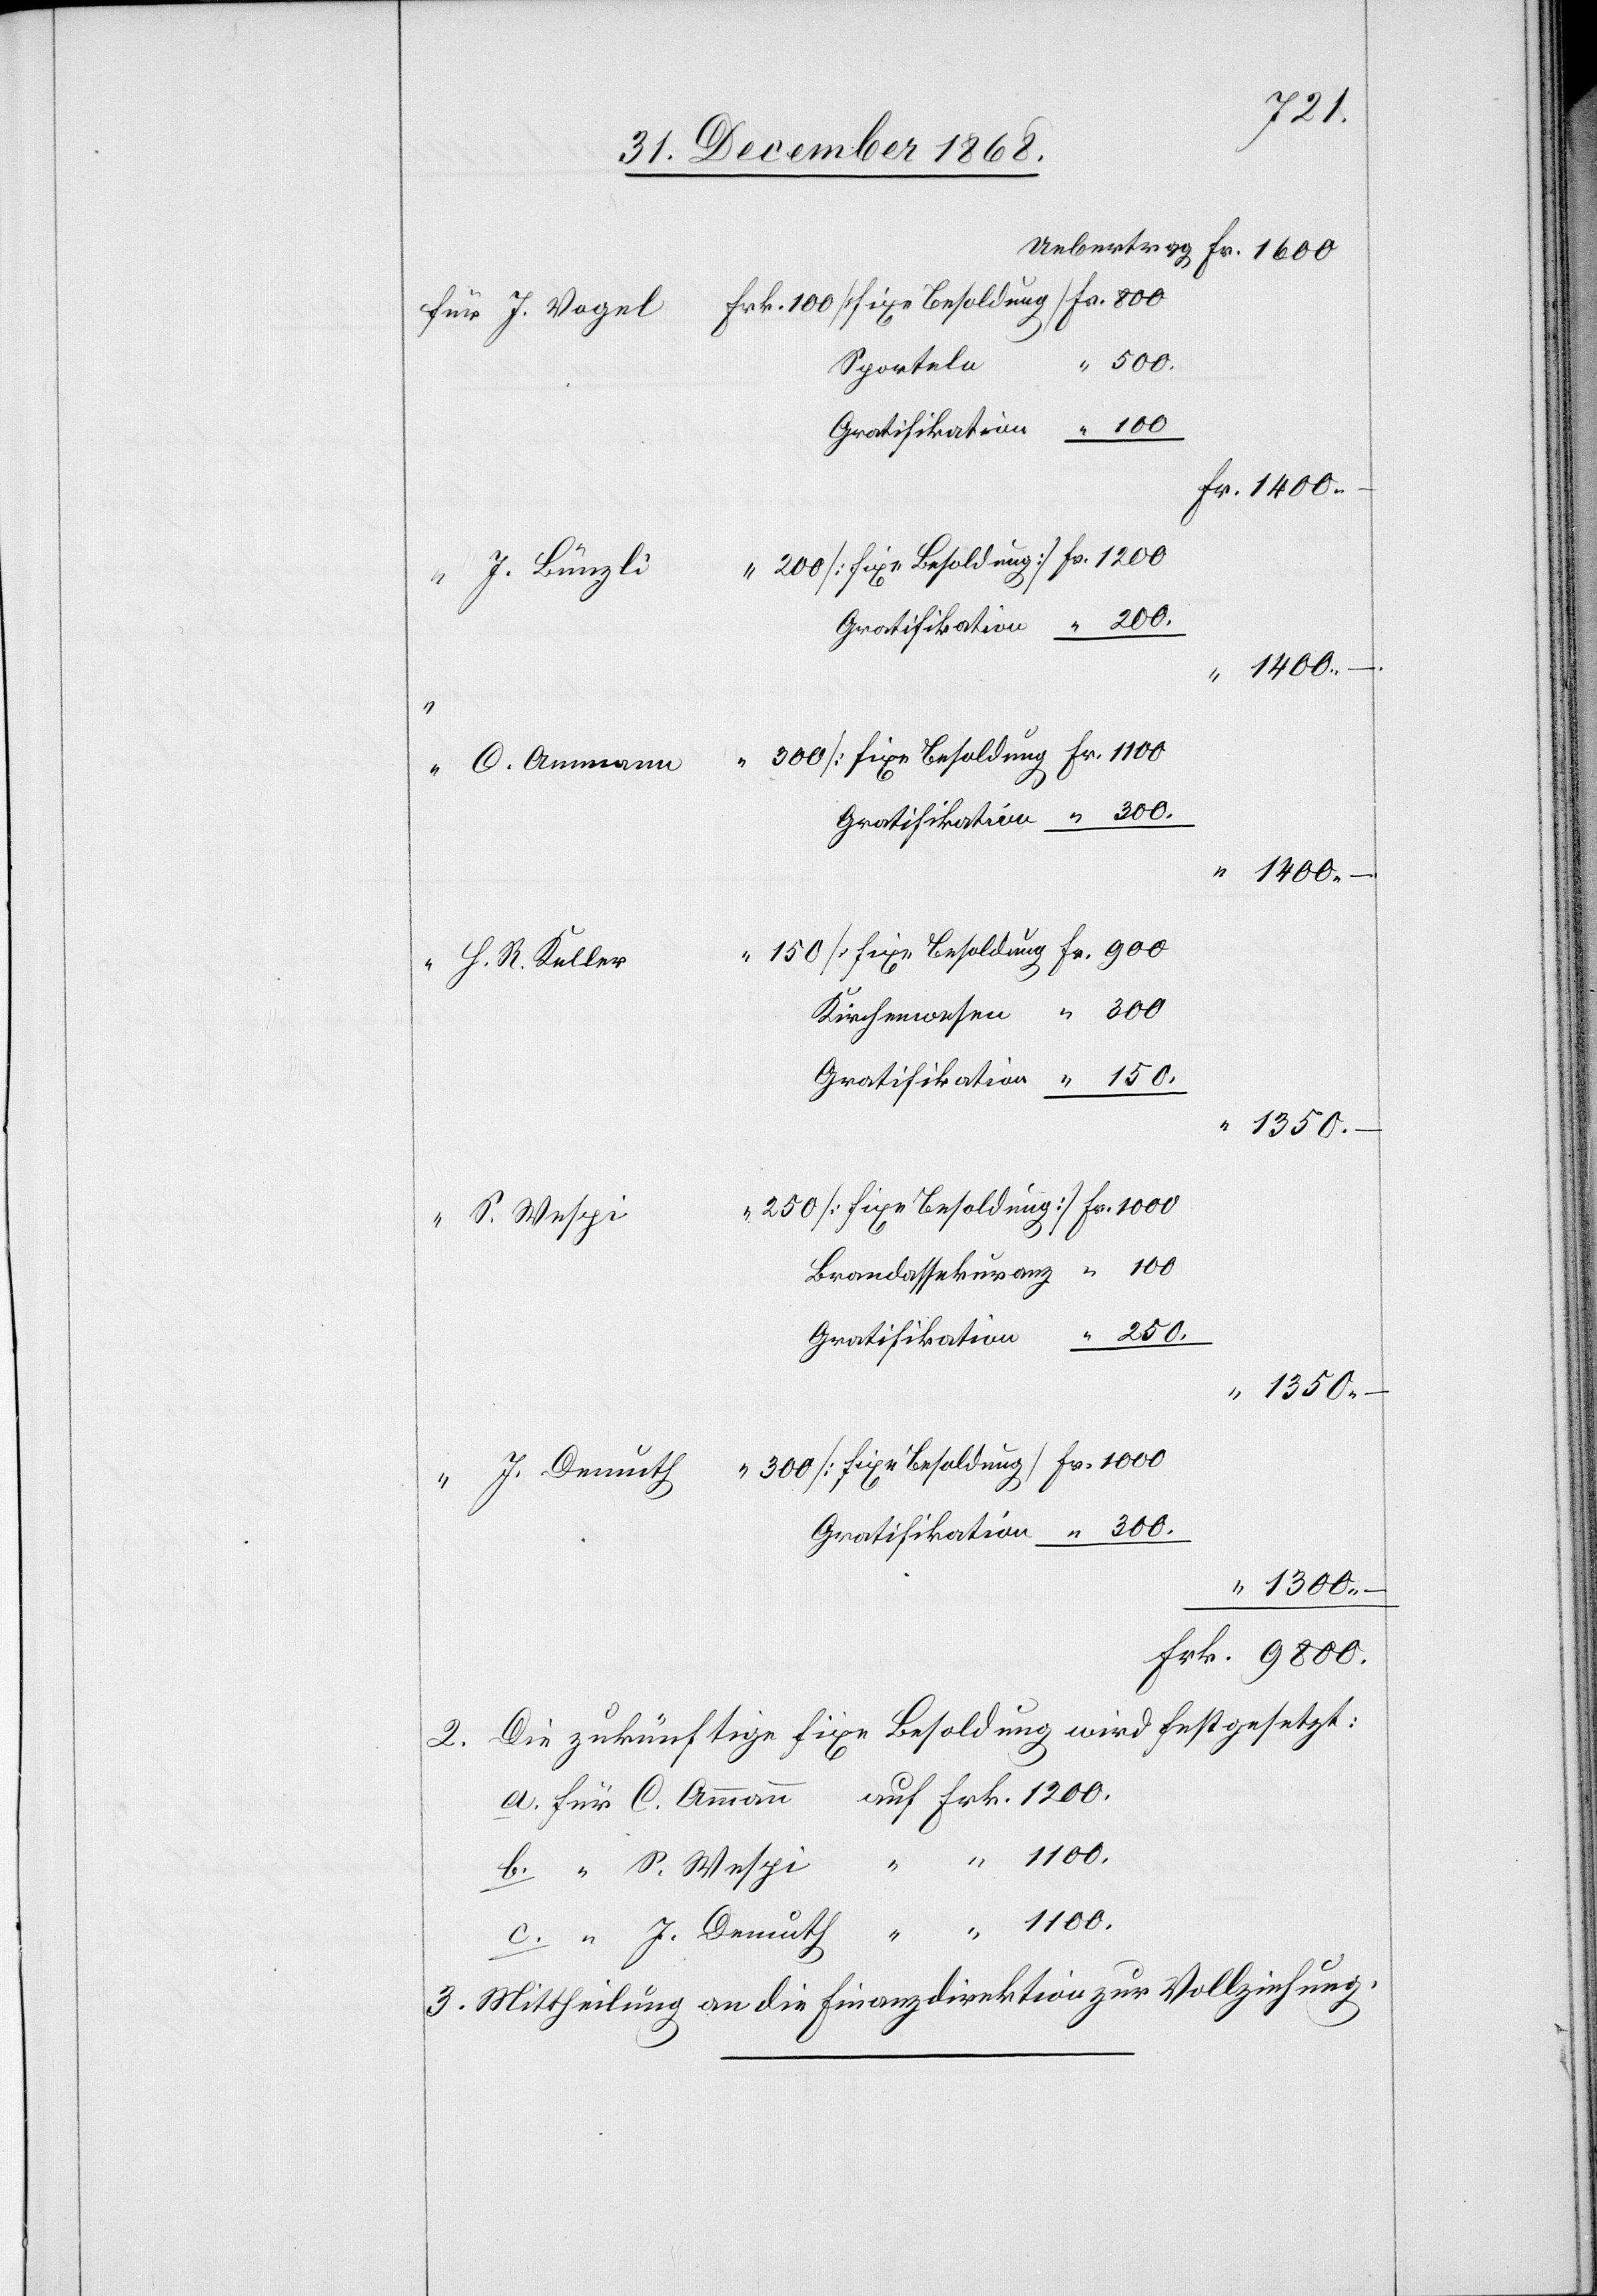
300.
Gratifikation
Fr. 1000
“ J. Bünzli
“ 1100.
1400. –
“ H. R. Keller
1350.
“ S. Wespi
“ J. Demuth
“ 1300. –
Frk. 1200.
2. Die zukünftige fixe Besoldung wird festgesetzt:
3. Mittheilung an die Finanzdirektion zur Vollziehung.

c.